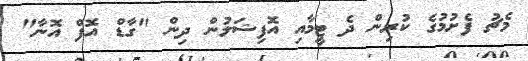
މެޗު ފެށުމުގެ ކުރިން ދެ ޓީމާއި އޮފިޝަލުން ދިން "ގާޑް އޮފް އޮނާ"